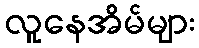
လူနေအိမ်များ